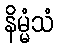
နိမ္မံသံ